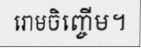
រោមចិញ្ចើម។